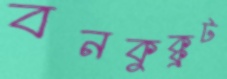
বনকুক্কুট